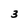
Character: 3